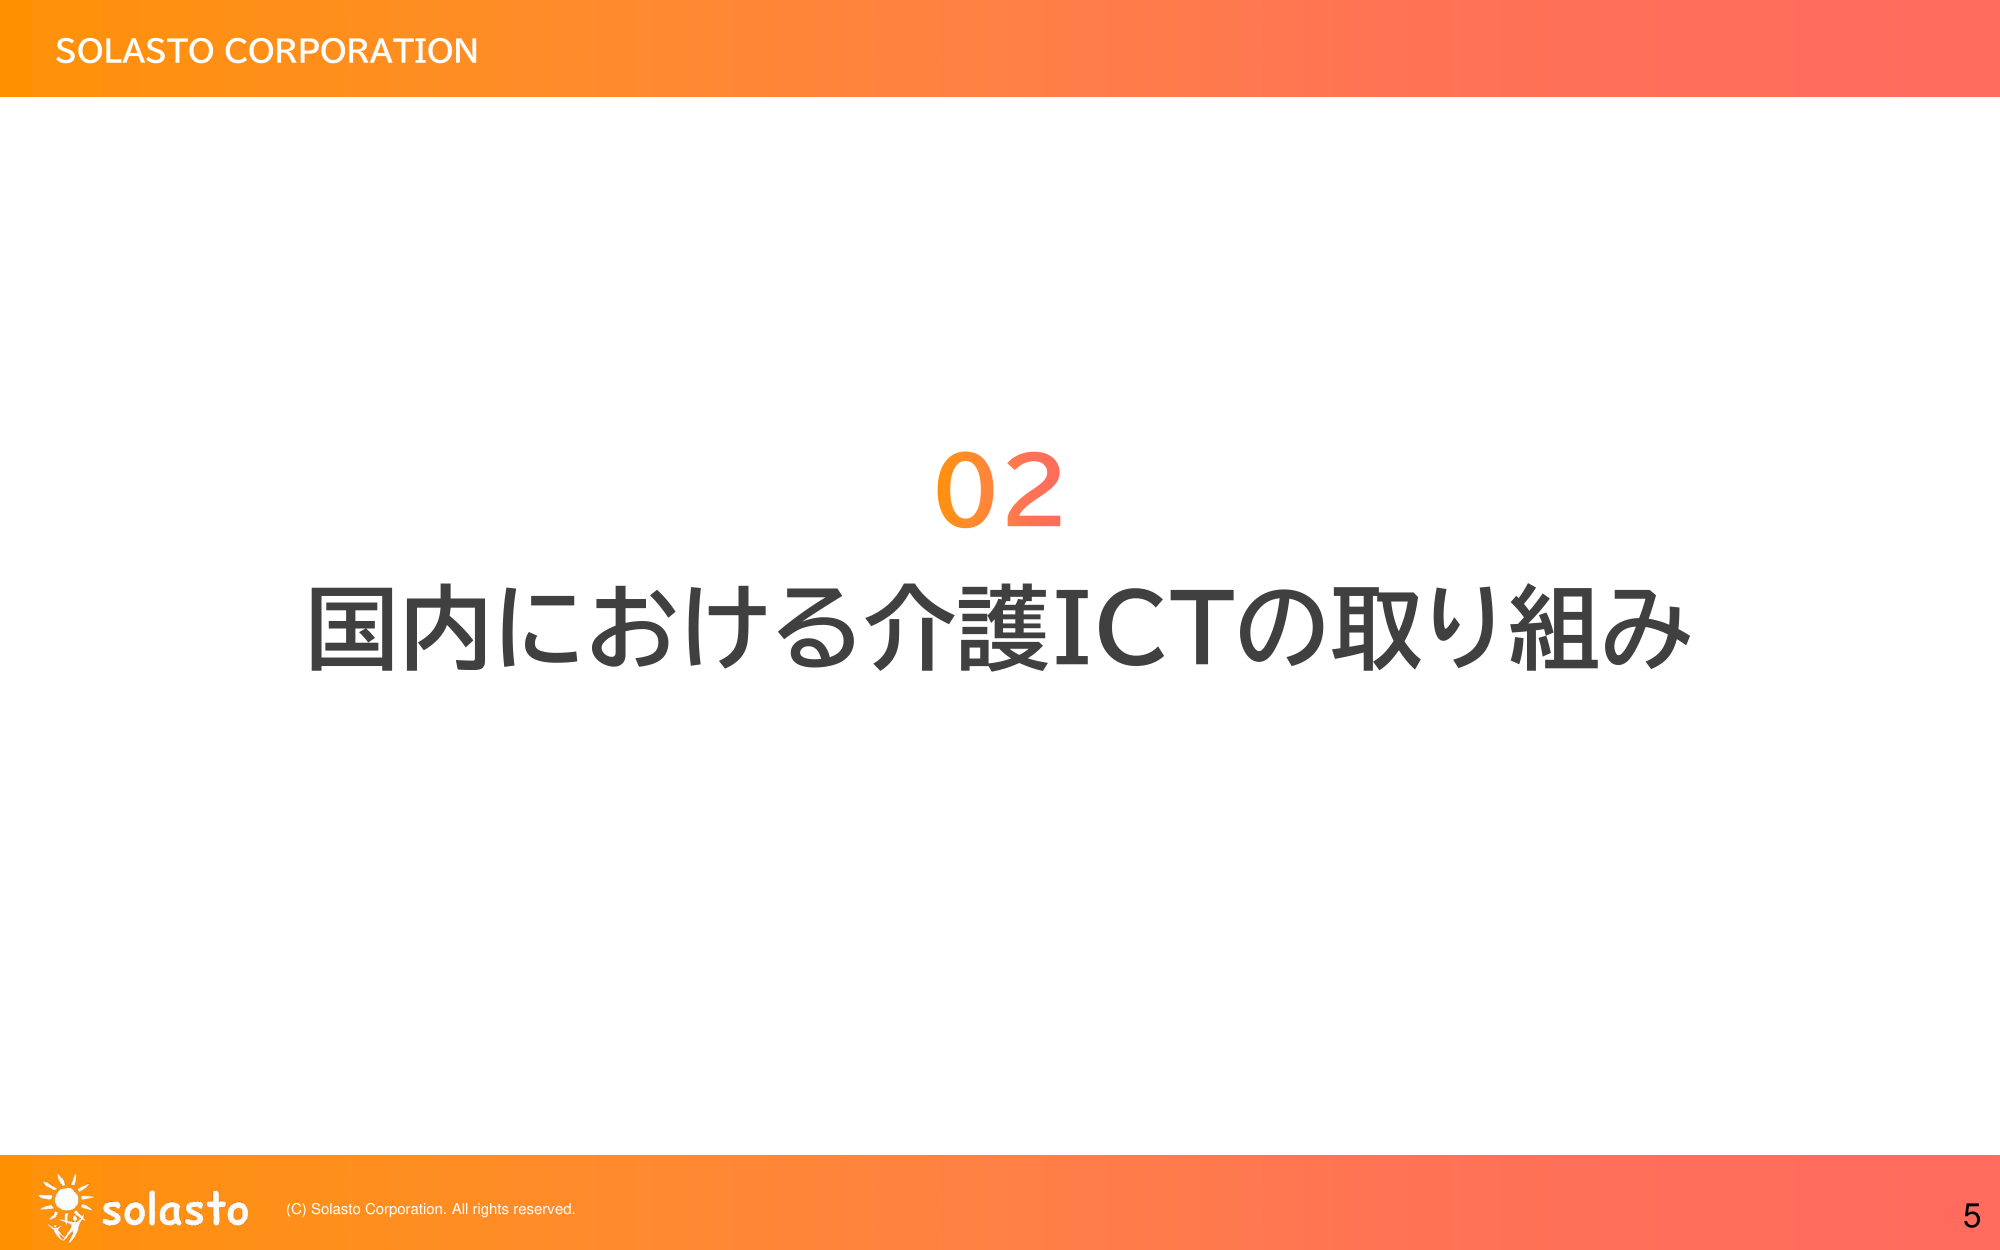
SOLASTO CORPORATION
02
国内における介護ICTの取り組み
solasto (C) Solasto Corporation. All rights reserved.
5